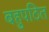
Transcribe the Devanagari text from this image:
बहुपठित